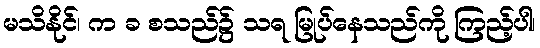
မသိနိုင်၊ က ခ စသည်၌ သရ မြုပ်နေသည်ကို ကြည့်ပါ၊